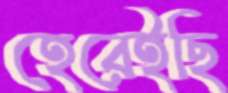
হেরেইছি